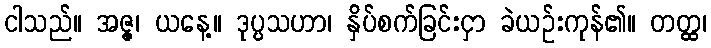
ငါသည်။ အဇ္ဇ၊ ယနေ့။ ဒုပ္ပသဟာ၊ နှိပ်စက်ခြင်းငှာ ခဲယဉ်းကုန်၏။ တတ္ထ၊